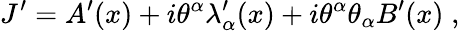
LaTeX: J^{\prime}=A^{\prime}(x)+i\theta^{\alpha}\lambda_{\alpha}^{\prime}(x)+i\theta^{\alpha}\theta_{\alpha}B^{\prime}(x)\; ,